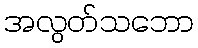
အလွတ်သဘော